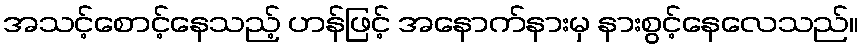
အသင့်စောင့်နေသည့် ဟန်ဖြင့် အနောက်နားမှ နားစွင့်နေလေသည်။